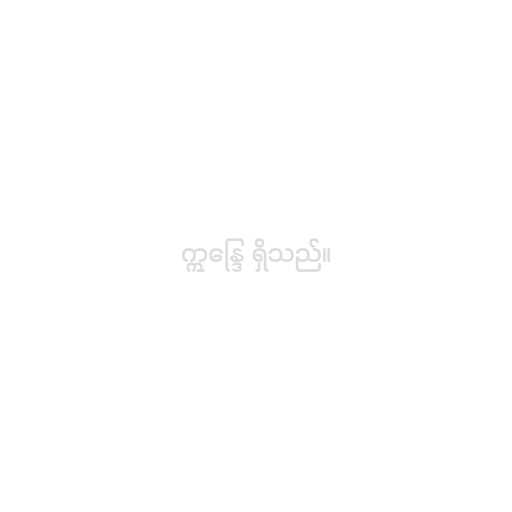
ဣန္ဒြေ ရှိသည်။